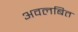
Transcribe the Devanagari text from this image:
अवलबित